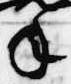
年